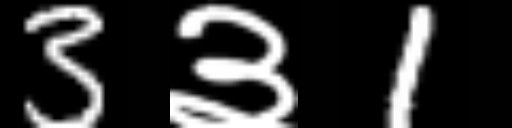
Text: 3३1